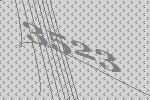
3523